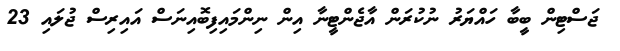
ޖަސްޓިން ބީބާ ހައްޔަރު ނުކުރަން އާޖެންޓީނާ އިން ނިންމައިފިބޮއިނަސް އައިރިސް ޖުލައި 23